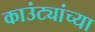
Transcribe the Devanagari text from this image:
काउंट्यांच्या